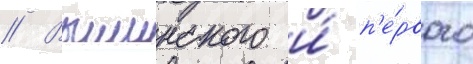
// Вышинского и́ п'е́рвого